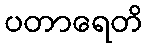
ပတာရေတိ